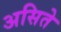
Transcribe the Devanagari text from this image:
असिते